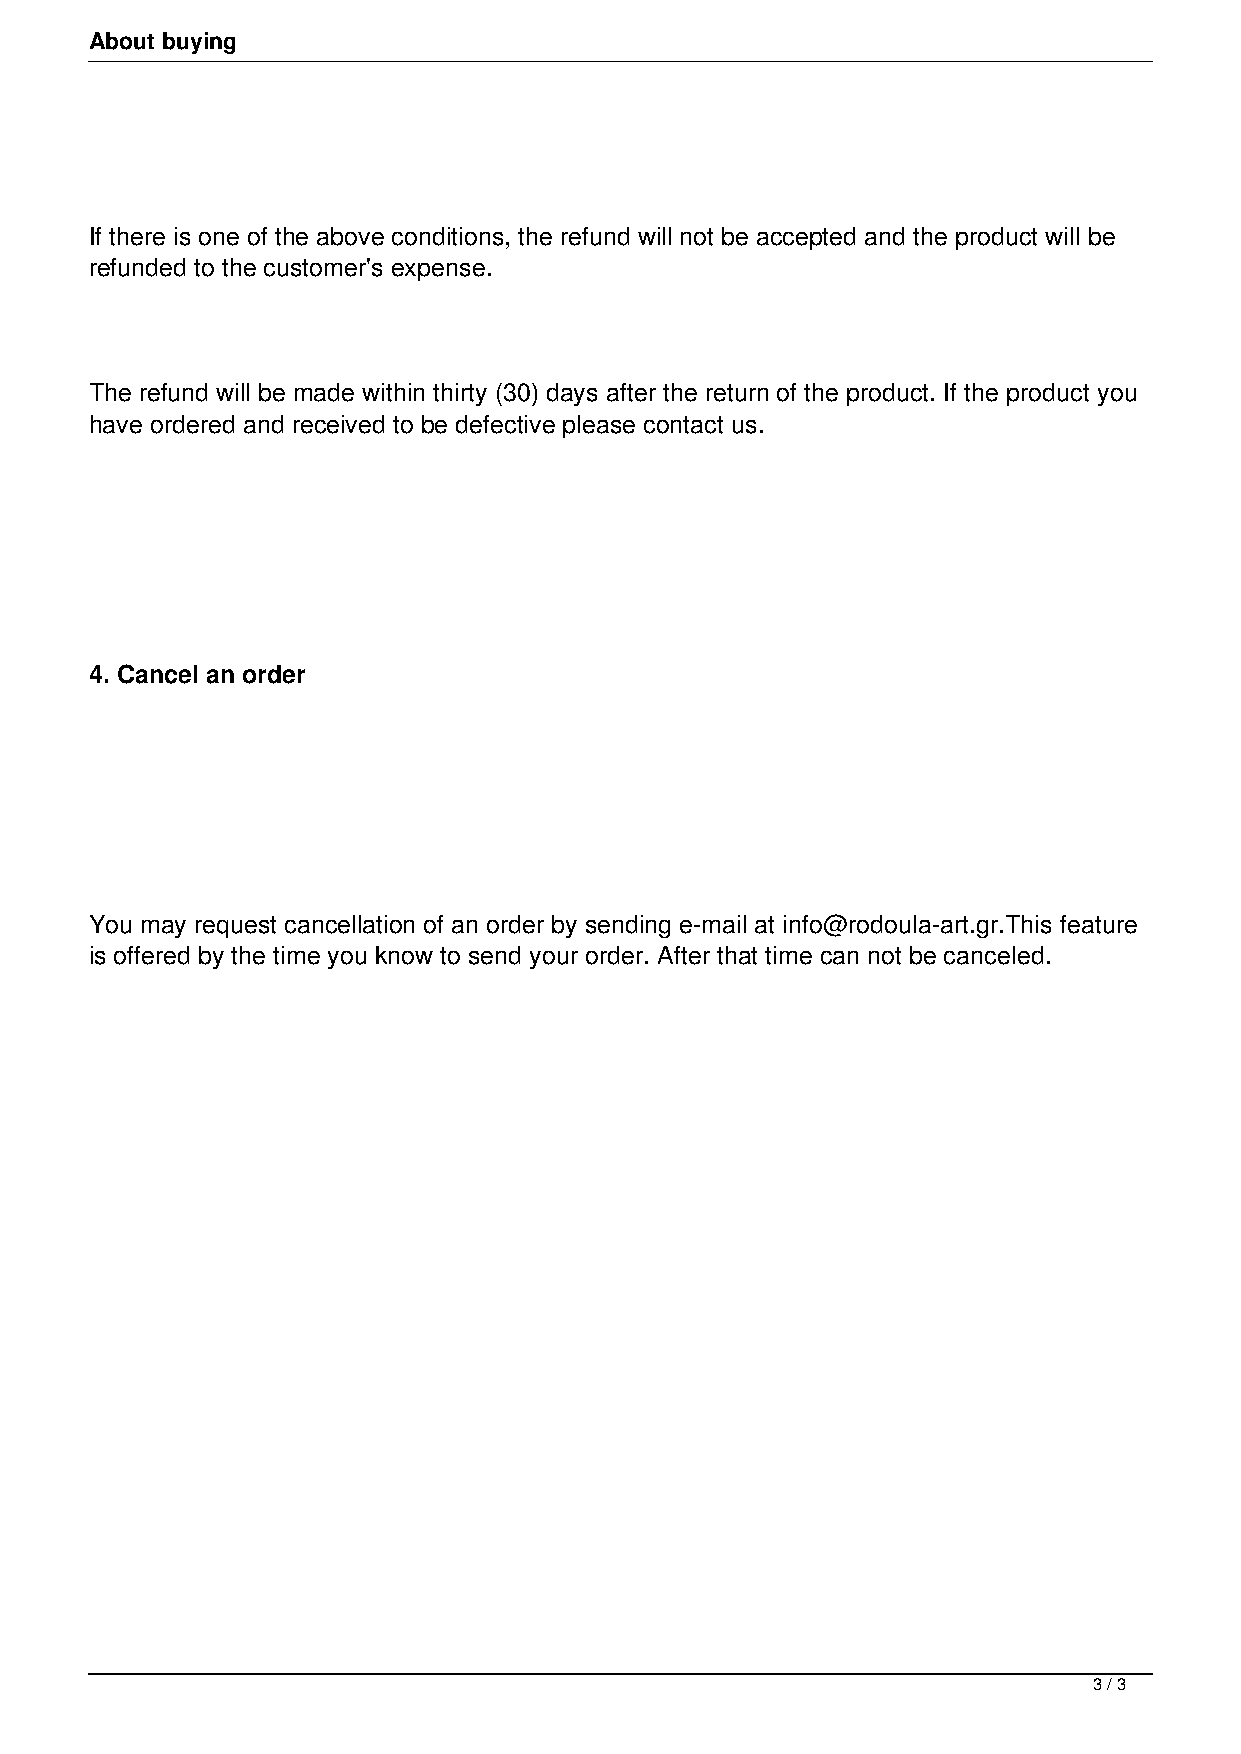
About buying
 If there is one of the above conditions, the refund will not be accepted and the product will be
 refunded to the customer's expense.
 The refund will be made within thirty (30) days after the return of the product. If the product you
 have ordered and received to be defective please contact us.
 4. Cancel an order
 You may request cancellation of an order by sending e-mail at info@rodoula-art.gr.This feature
 is offered by the time you know to send your order. After that time can not be canceled.
 3 / 3